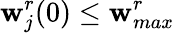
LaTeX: \mathbf{w}_{j}^{r}(0)\leq\mathbf{w}_{max}^{r}